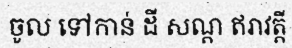
ចូល ទៅកាន់ ដី សណ្ត ឥរាវត្តី